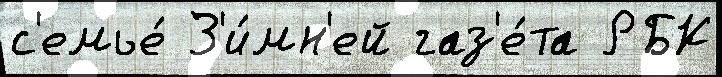
с'емье́ З'и́мн'ей газ'е́та РБК